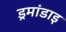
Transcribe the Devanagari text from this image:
ड्रमांडाइ